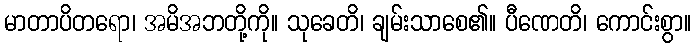
မာတာပိတရော၊ အမိအဘတို့ကို။ သုခေတိ၊ ချမ်းသာစေ၏။ ပီဏေတိ၊ ကောင်းစွာ။